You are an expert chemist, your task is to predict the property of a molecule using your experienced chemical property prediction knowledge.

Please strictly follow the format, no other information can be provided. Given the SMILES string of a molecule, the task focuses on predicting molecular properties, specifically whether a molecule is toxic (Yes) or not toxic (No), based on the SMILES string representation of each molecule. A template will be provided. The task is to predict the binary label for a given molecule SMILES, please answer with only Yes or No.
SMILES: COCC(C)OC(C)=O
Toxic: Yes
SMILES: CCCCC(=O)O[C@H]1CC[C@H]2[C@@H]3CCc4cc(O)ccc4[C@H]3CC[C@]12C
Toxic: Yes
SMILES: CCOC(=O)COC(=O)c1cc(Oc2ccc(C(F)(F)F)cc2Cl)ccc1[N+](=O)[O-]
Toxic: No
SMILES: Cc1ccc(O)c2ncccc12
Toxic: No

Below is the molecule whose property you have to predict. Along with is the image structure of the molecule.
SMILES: COc1c(Cl)ccc(Cl)c1C(=O)O
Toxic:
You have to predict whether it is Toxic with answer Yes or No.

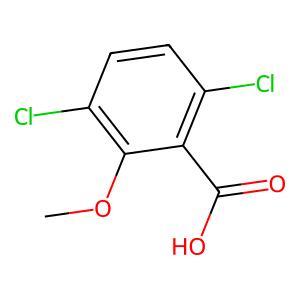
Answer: No